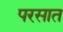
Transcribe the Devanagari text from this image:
परसात